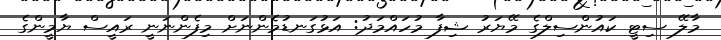
މާލޭ ސިޓީ ކައުންސިލްގެ މޭޔަރު ޝިފާ މުހައްމަދު: އަޅުގަނޑުމެންނަށް މިފެންނަނީ ރައީސް ޔާމީންގެ